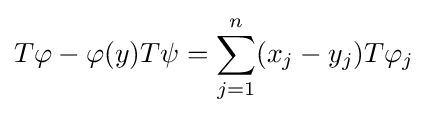
T\varphi -\varphi (y)T\psi =\sum _{j=1}^{n}(x_{j}-y_{j})T\varphi _{j}